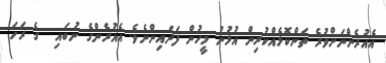
އެއުރެންނަށްވުރެ ތަންކޮޅެއްކުރިން އުޅުނު މީހުން ފަދައިންނެވެ. އެއުރެންގެ ނުބައި  ގެ ރަހަ